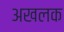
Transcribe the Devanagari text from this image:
अखलक